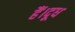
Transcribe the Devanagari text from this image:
हैं।दूध